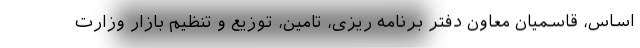
اساس، قاسمیان معاون دفتر برنامه ریزی، تامین، توزیع و تنظیم بازار وزارت